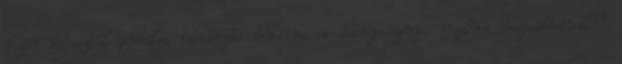
vején keresztül próbálja botrányba keverni, a menyasszonya érzelmi megcsalásával?”